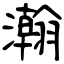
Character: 瀚